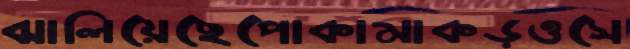
ঝালিয়েছেপোকামাকড়ওসে